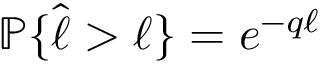
\mathbb { P } \{ \hat { \ell } > \ell \} = e ^ { - q \ell }